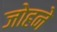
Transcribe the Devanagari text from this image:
जोहने